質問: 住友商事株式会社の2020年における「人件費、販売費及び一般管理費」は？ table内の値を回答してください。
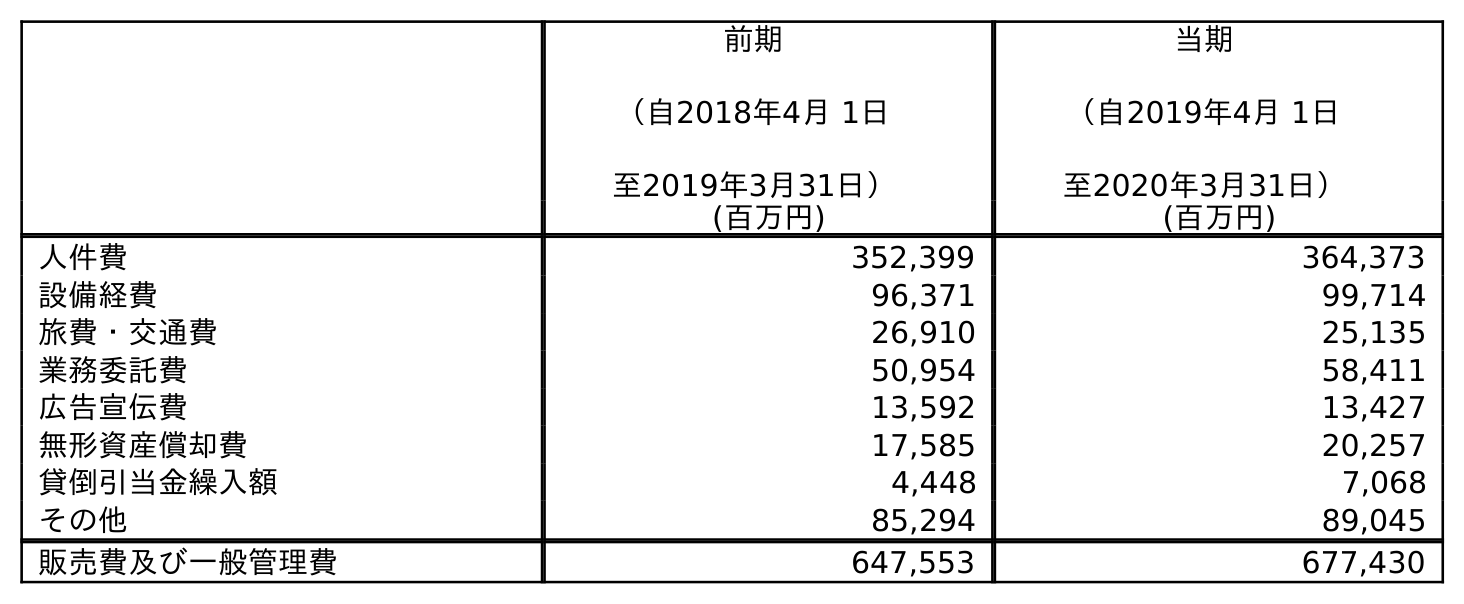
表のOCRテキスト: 前期 （自2018年4月 1日 至2019年3月31日） 当期 （自2019年4月 1日 至2020年3月31日） (百万円) (百万円) 人件費 352,399 364,373 設備経費 96,371 99,714 旅費・交通費 26,910 25,135 業務委託費 50,954 58,411 広告宣伝費 13,592 13,427 無形資産償却費 17,585 20,257 貸倒引当金繰入額 4,448 7,068 その他 85,294 89,045 販売費及び一般管理費 647,553 677,430
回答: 364,373